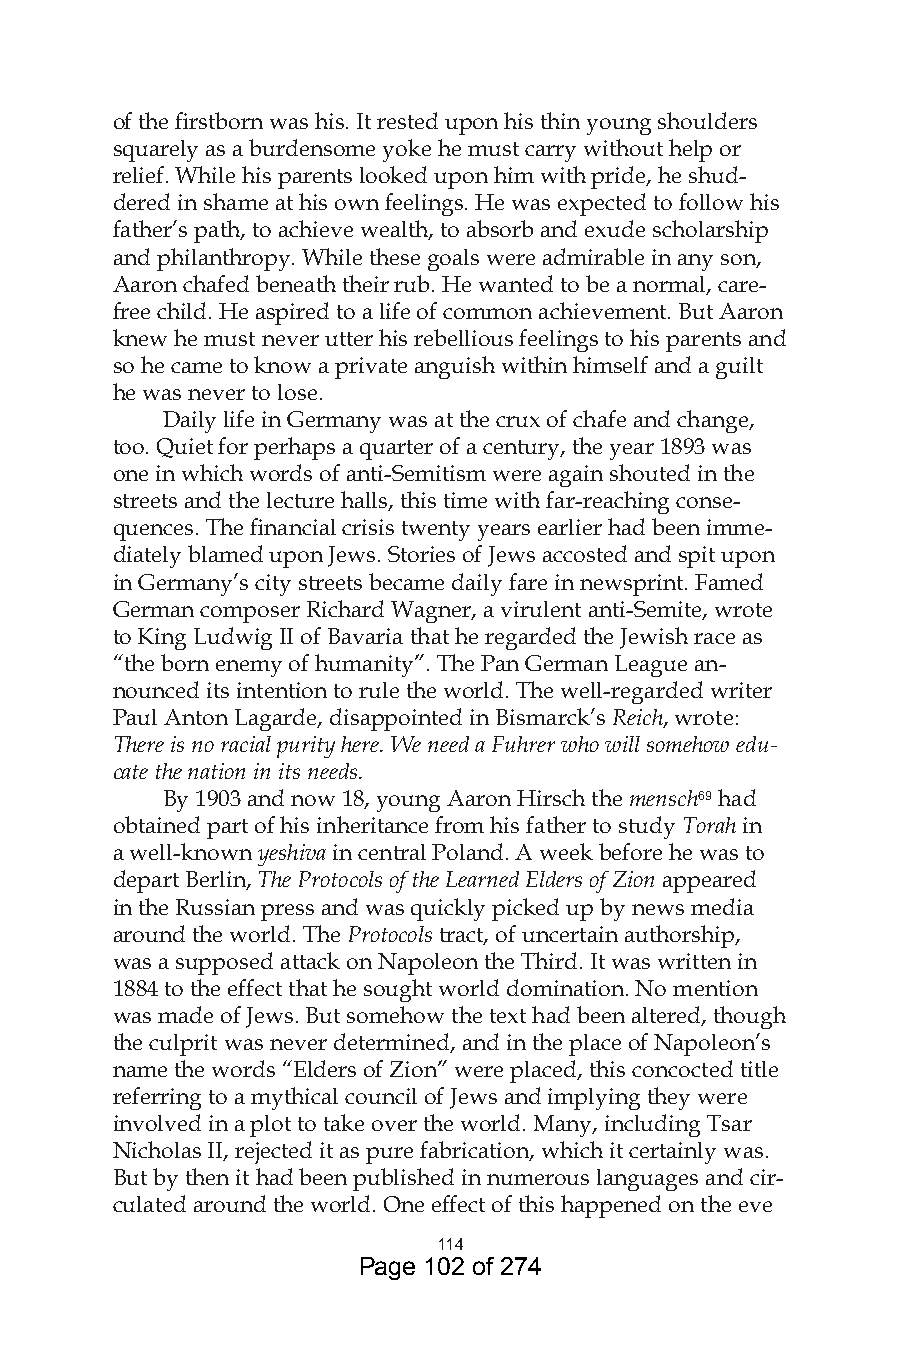
of the firstborn was his. It rested upon his thin young shoulders
 squarely as a burdensome yoke he must carry without help or
 relief. While his parents looked upon him with pride, he shud-
 dered in shame at his own feelings. He was expected to follow his
 father’s path, to achieve wealth, to absorb and exude scholarship
 and philanthropy. While these goals were admirable in any son,
 Aaron chafed beneath their rub. He wanted to be a normal, care-
 free child. He aspired to a life of common achievement. But Aaron
 knew he must never utter his rebellious feelings to his parents and
 so he came to know a private anguish within himself and a guilt
 he was never to lose.
 Daily life in Germany was at the crux of chafe and change,
 too. Quiet for perhaps a quarter of a century, the year 1893 was
 one in which words of anti-Semitism were again shouted in the
 streets and the lecture halls, this time with far-reaching conse-
 quences. The financial crisis twenty years earlier had been imme-
 diately blamed upon Jews. Stories of Jews accosted and spit upon
 in Germany’s city streets became daily fare in newsprint. Famed
 German composer Richard Wagner, a virulent anti-Semite, wrote
 to King Ludwig II of Bavaria that he regarded the Jewish race as
 “the born enemy of humanity”. The Pan German League an-
 nounced its intention to rule the world. The well-regarded writer
 Paul Anton Lagarde, disappointed in Bismarck’s Reich, wrote:
 There is no racial purity here. We need a Fuhrer who will somehow edu-
 cate the nation in its needs.
 By 1903 and now 18, young Aaron Hirsch the mensch69 had
 obtained part of his inheritance from his father to study Torah in
 a well-known yeshiva in central Poland. A week before he was to
 depart Berlin, The Protocols of the Learned Elders of Zion appeared
 in the Russian press and was quickly picked up by news media
 around the world. The Protocols tract, of uncertain authorship,
 was a supposed attack on Napoleon the Third. It was written in
 1884 to the effect that he sought world domination. No mention
 was made of Jews. But somehow the text had been altered, though
 the culprit was never determined, and in the place of Napoleon’s
 name the words “Elders of Zion” were placed, this concocted title
 referring to a mythical council of Jews and implying they were
 involved in a plot to take over the world. Many, including Tsar
 Nicholas II, rejected it as pure fabrication, which it certainly was.
 But by then it had been published in numerous languages and cir-
 culated around the world. One effect of this happened on the eve
 4
 Page 102 of 274